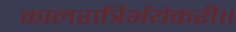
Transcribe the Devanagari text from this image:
कालरात्रिर्भयंकरी॥